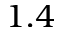
1 . 4